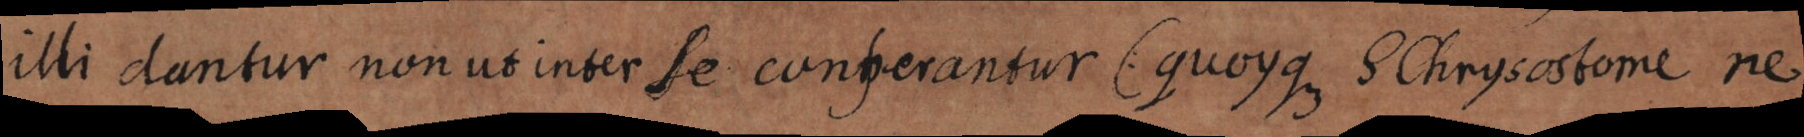
illi dantur non ut inter se conferantur (quoyque S. Chrysostome ne